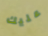
عليك